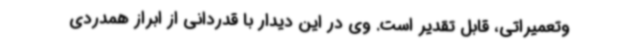
وتعمیراتی، قابل تقدیر است. وی در این دیدار با قدردانی از ابراز همدردی